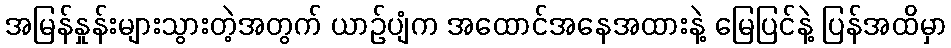
အမြန်နှုန်းများသွားတဲ့အတွက် ယာဉ်ပျံက အထောင်အနေအထားနဲ့ မြေပြင်နဲ့ ပြန်အထိမှာ